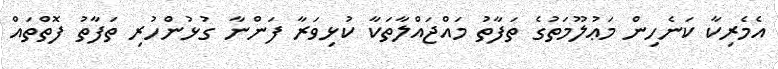
އެމެރިކާ ކަނެހިން މަޢުލޫމަތުގެ ތަފާތު މައްޖައްލާތަކާ ކުޅިވަރާ ފަންނާ ގުޅުންހުރި ތަފާތު ފޮތްތައް